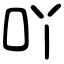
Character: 吖